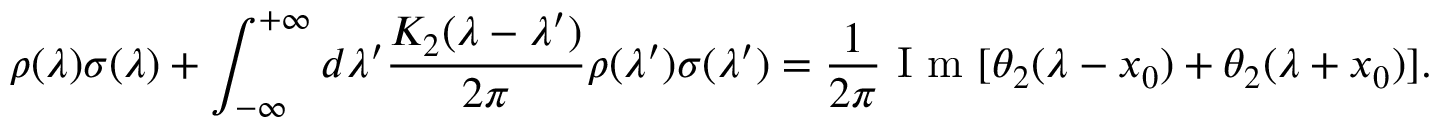
\rho ( \lambda ) \sigma ( \lambda ) + \int _ { - \infty } ^ { + \infty } d \lambda ^ { \prime } \frac { K _ { 2 } ( \lambda - \lambda ^ { \prime } ) } { 2 \pi } \rho ( \lambda ^ { \prime } ) \sigma ( \lambda ^ { \prime } ) = \frac { 1 } { 2 \pi } \mathrm { ~ I ~ m ~ } [ \theta _ { 2 } ( \lambda - x _ { 0 } ) + \theta _ { 2 } ( \lambda + x _ { 0 } ) ] .